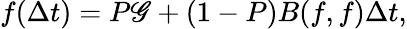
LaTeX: f(\Delta t)=P\mathscr{G}+\left({1-P}\right)B(f,f)\Delta t,